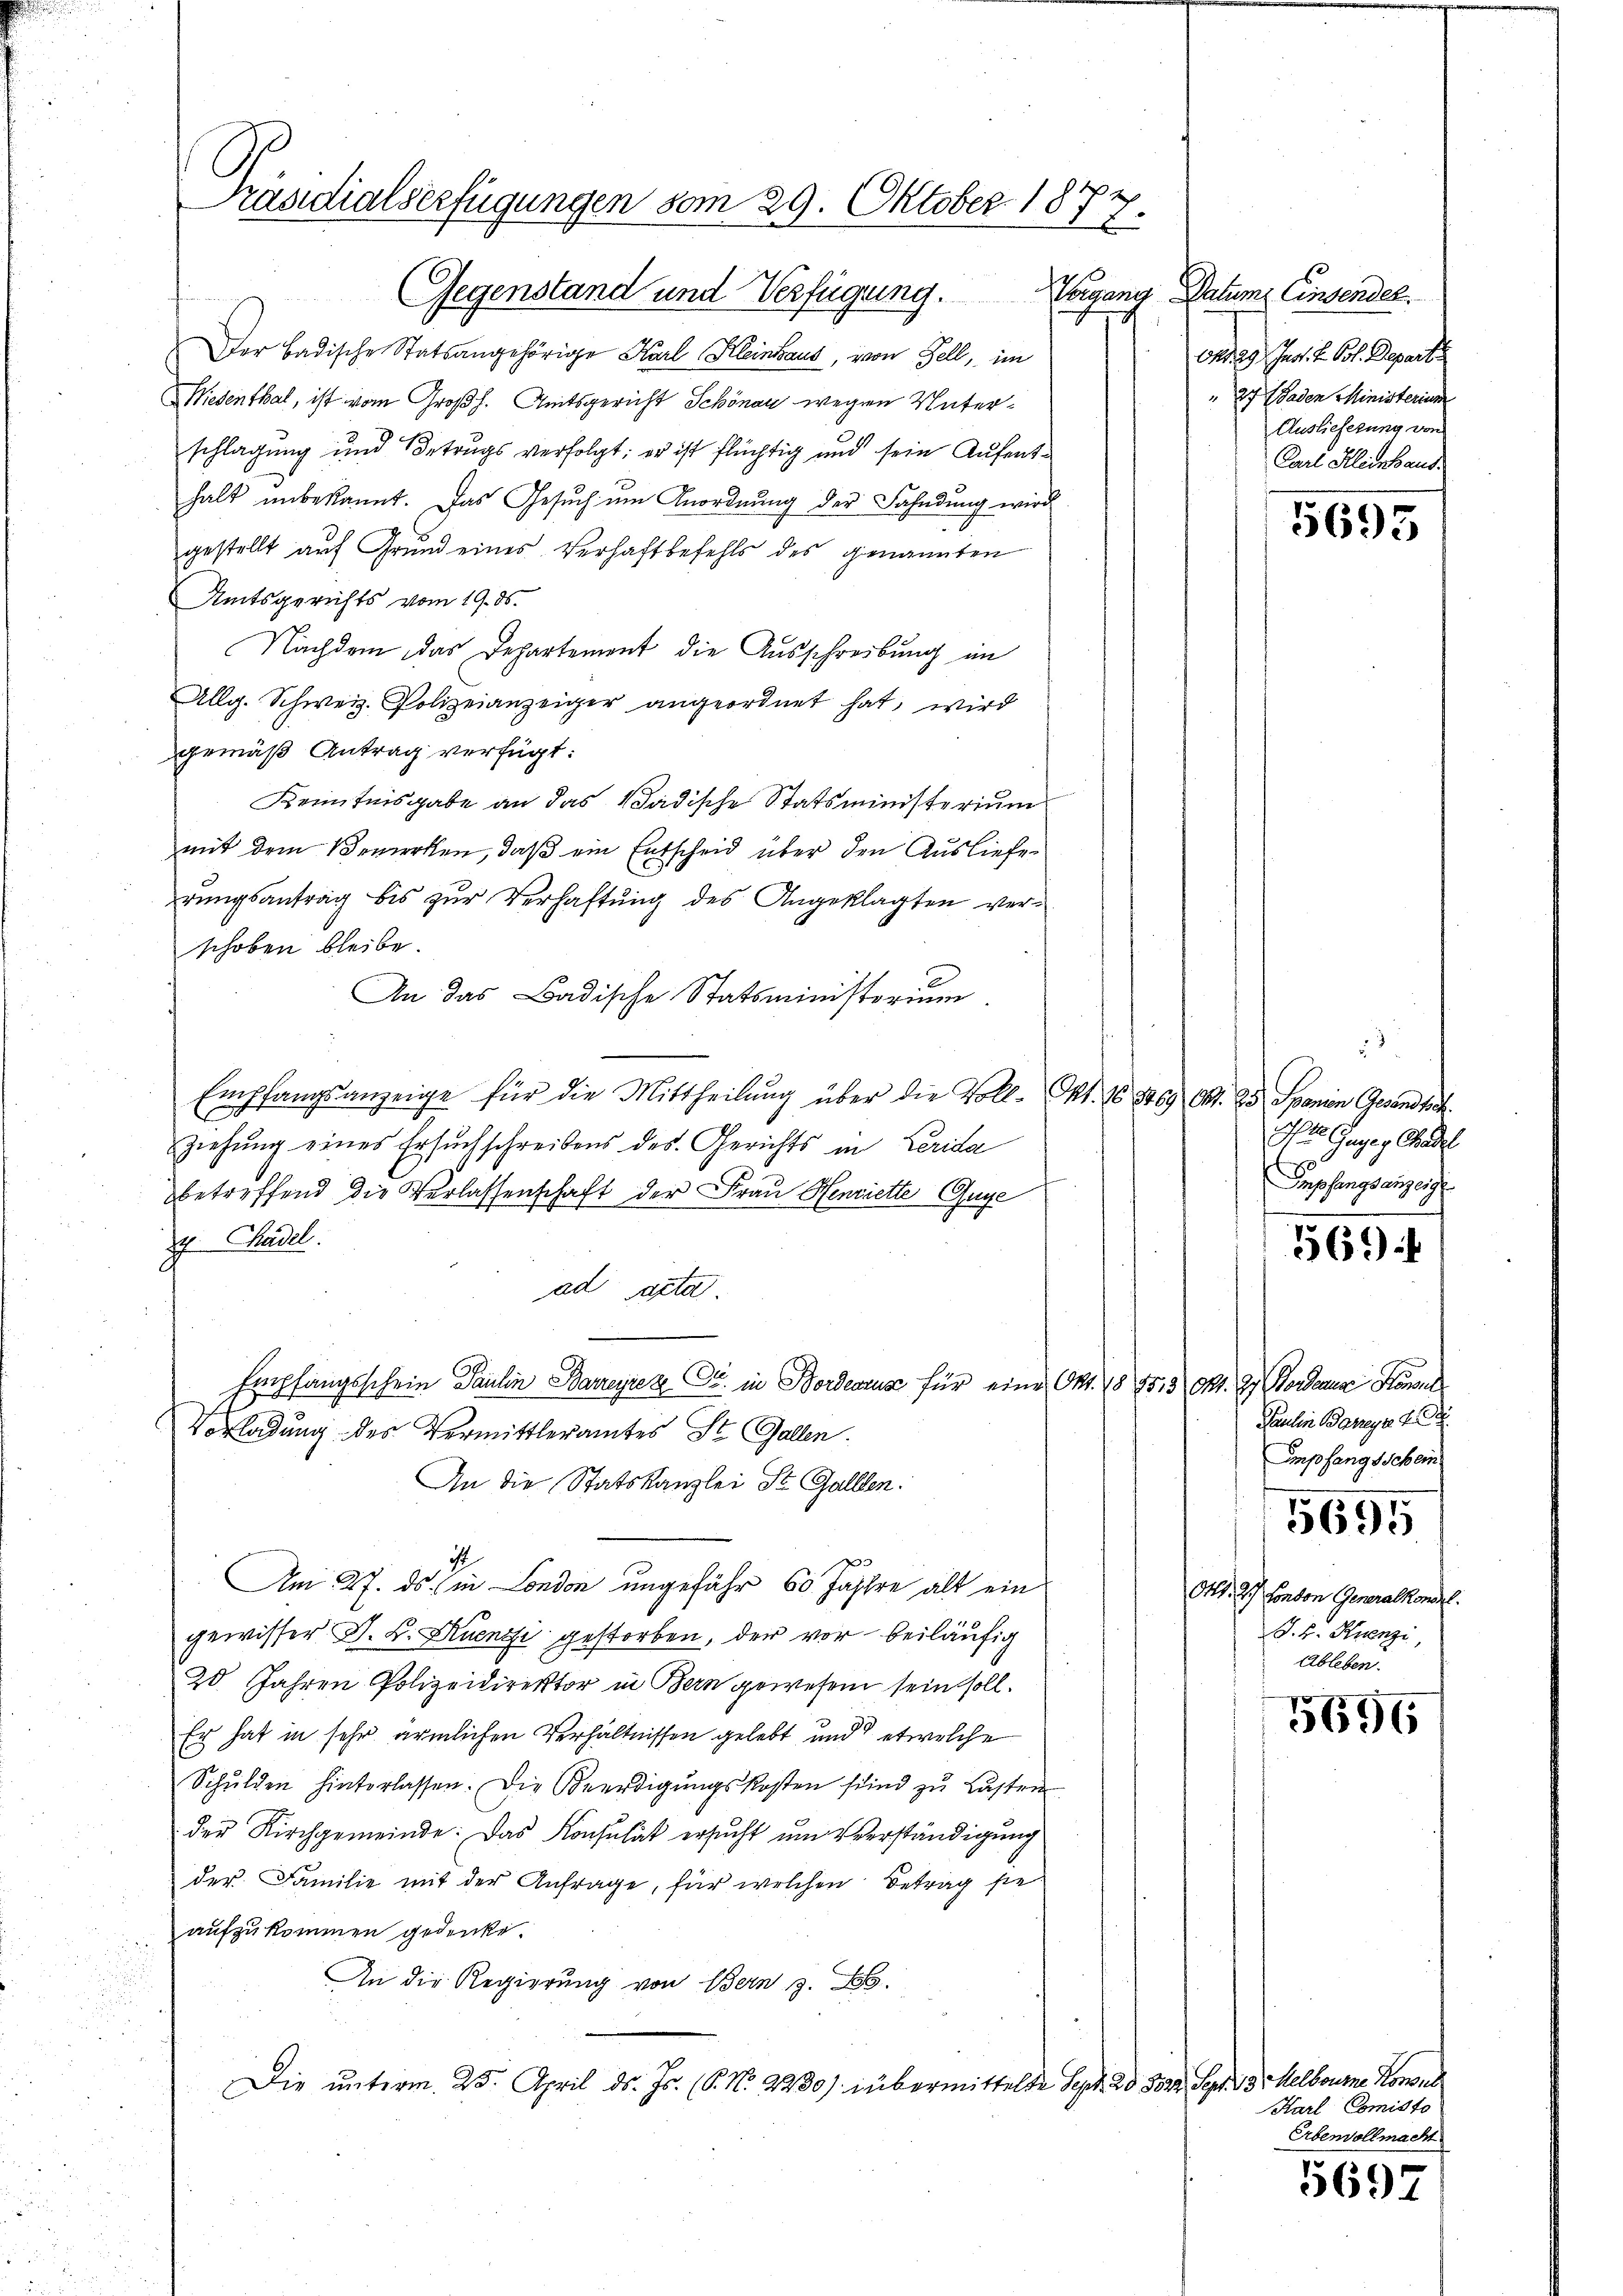
Präsidialserfügungen vom 29. Oktober 1877.

Gegenstand und Verfügung.
Der Badische Statsangehörige Karl Kleinbaus, von Zell, im
Wiedenthal, ist vom Großh. Amtsgericht Schönau wegen Unterschlagung und Betrugs verfolgt; er ist flüchtig und sein Aufenthalt ŭnbekannt. Das Gesŭch ŭm Anordnŭng der Fahndung wird
gestellt auf Grund eines Verhaftbefehls des genannten
Amtsgerichts vom 19. ds.
Nachdem das Departement die Ausschreibung in
Allg. Schweiz. Polizeianzeiger angeordnet hat, wird
gemäß Antrag verfügt:
Kenntnisgabe an das Badische Statsministerium
mit dem Bemerken, daß ein Entscheid über den Ausliefe
rungsantrag bis zur Verhaftung des Angeklagten verschoben bleibe.
An das Badische Statsministorium.
Empfangsanzeige für die Mittheilŭng über die Voll- Pkt. 16. 869 Art. 25. Spanien Gesandte.
Ziehung eines Ersuchschreibens des Gerichts in Lerida
betreffend die Verlassenschaft der Frau Henriette Guge
7. Chudel.
ad acta
Empfangsschein Paulin Barreyrez Cr. in Bordeaus für eine Ort. 15 95, 3 Okt. 27. Bordeaus Heranl
Vorladung des Vermittleramtes St. Gallen.
An die Statskanzlei St. Gallen.
i
Am 27. ds. in London ungefähr 60 Jahre alt ein
gewisser J. K. Ruenti gestorben, der vor beiläufig
20 Jahren Polizeidirektor in Bern gewesen sein soll.
Er hat in sehr ärmlichen Verhältnissen gelebt und etwelche
Schŭlden hinterlassen. Die Beerdigŭngskosten sind zu Lasten
der Kirchgemeinde. Das Konsulat ersucht um Verständigung
der Familie mit der Anfrage, für welchen Betrag sie
aufzukommen gedenke.
An die Regierung von Bern z. B.
Die unterm 25. April ds. Js. (S. Nr. 2230). übermittelte Sept. ad Bord. Sept. 13. Melbourne Konsul

Vorgang Datum. Einsendel.
endes Jos. v. Jos. Departe
27 Baden Ministerium
Auslieferung von
Carl Kleinhaus

5695

ue Gegen Chandel

Impfangsanzeig

569

Paulin Barega d
Empfang schein
5695
Okt. 2.) Conton Generalkompl.
J. H. Krenzi,
Ableben.

5696

Karl Comisto
Erbenvollmacht

5697